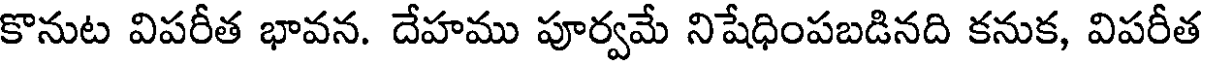
కొనుట విపరీత భావన. దేహము పూర్వమే నిషేధింపబడినది కనుక, విపరీత